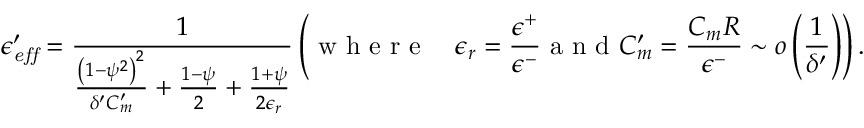
\epsilon _ { \it e f f } ^ { \prime } = \frac { 1 } { \frac { \left( 1 - \psi ^ { 2 } \right) ^ { 2 } } { \delta ^ { \prime } C _ { m } ^ { \prime } } + \frac { 1 - \psi } { 2 } + \frac { 1 + \psi } { 2 \epsilon _ { r } } } \left( \mathrm { ~ w ~ h ~ e ~ r ~ e ~ } \quad \epsilon _ { r } = \frac { \epsilon ^ { + } } { \epsilon ^ { - } } \mathrm { ~ a ~ n ~ d ~ } C _ { m } ^ { \prime } = \frac { C _ { m } R } { \epsilon ^ { - } } \sim o \left( \frac { 1 } { \delta ^ { \prime } } \right) \right) .